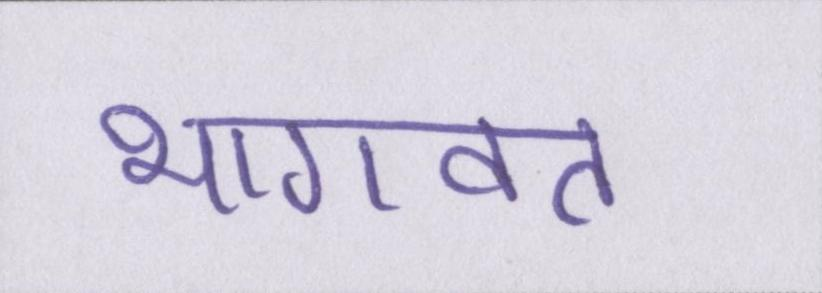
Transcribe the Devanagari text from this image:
भागवत